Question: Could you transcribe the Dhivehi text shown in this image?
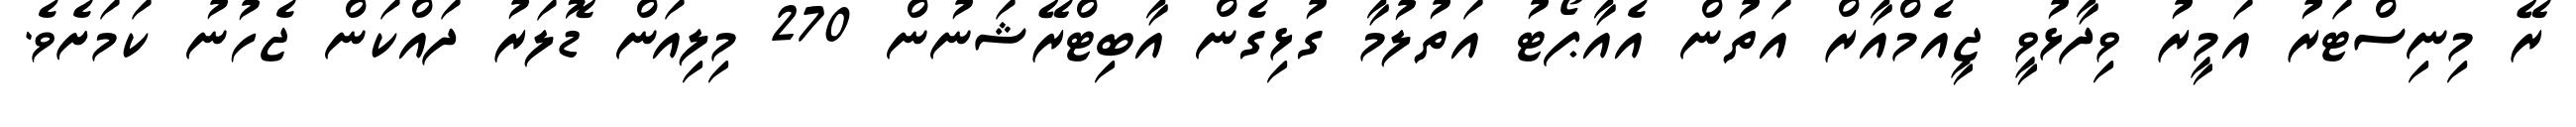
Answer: ރޭ މިނިސްޓަރު އަމީރު ވިދާޅުވީ ޖީއެމްއާރް އަތުން އެއާޕޯޓު އަތުލުމާ ގުޅިގެން އާބިޓްރޭޝަނުން 270 މިލިއަން ޑޮލަރު ދައްކަން ޖެހުނު ކަމަށެވެ.